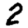
Digit: 2